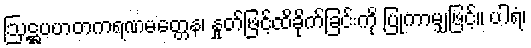
ဩဋ္ဌပဟတကရဏမတ္တေန၊ နှုတ်ဖြင့်ထိခိုက်ခြင်းကို ပြုကာမျှဖြင့်။ ပါရံ၊